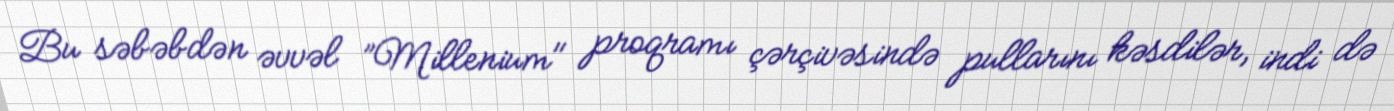
Bu səbəbdən əvvəl ”Millenium" proqramı çərçivəsində pullarını kəsdilər, indi də